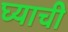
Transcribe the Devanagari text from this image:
घ्याची